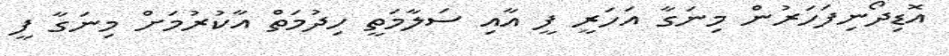
އޮޑިދޯނިފަހަރުން މިނަގާ އަހަރީ ފީ އާއި ސަލާމަތީ ހިދުމަތް އާކުރުމަށް މިނަގާ ފީ